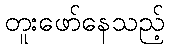
တူးဖော်နေသည့်